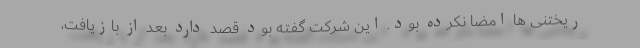
ریختنی ها امضا نکرده بود. این شرکت گفته بود قصد دارد بعد از بازیافت،